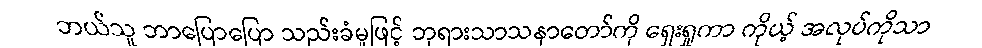
ဘယ်သူ ဘာပြောပြော သည်းခံမှုဖြင့် ဘုရားသာသနာတော်ကို ရှေးရှုကာ ကိုယ့် အလုပ်ကိုသာ